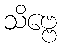
သိဗ္ဗေ